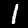
Digit: 1